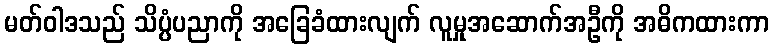
မတ်ဝါဒသည် သိပ္ပံပညာကို အခြေခံထားလျက် လူမှုအဆောက်အဦကို အဓိကထားကာ